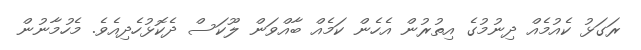
ރަގަޅު ކެއުމެއް ދިނުމުގެ އިތުރުން އެހެން ކަމެއް ބާއްވަން ލޫކަސް ދެކޮޅުހެދިއެވެ. މެހުމާނުން